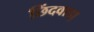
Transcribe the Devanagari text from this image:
छिंदवाडा़